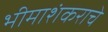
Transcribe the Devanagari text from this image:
भीमाशंकराचे